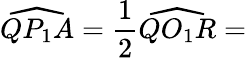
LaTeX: {\widehat{QP_{1}A}}={\frac{1}{2}}{\widehat{QO_{1}R}}=